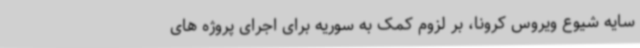
سایه شیوع ویروس کرونا، بر لزوم کمک به سوریه برای اجرای پروژه های